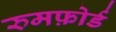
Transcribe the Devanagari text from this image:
रुमफ़ोर्ड